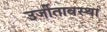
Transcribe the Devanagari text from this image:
उर्जीतावस्था